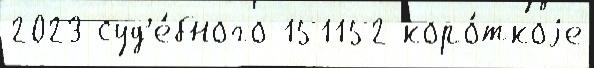
2023 суд'е́бного 151152 коро́ткоjе